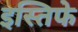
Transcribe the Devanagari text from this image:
इस्तिफे